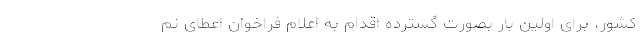
کشور، برای اولین بار بصورت گسترده اقدام به اعلام فراخوان اعطای نم